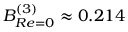
B _ { R e = 0 } ^ { ( 3 ) } \approx 0 . 2 1 4